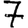
Digit: 7